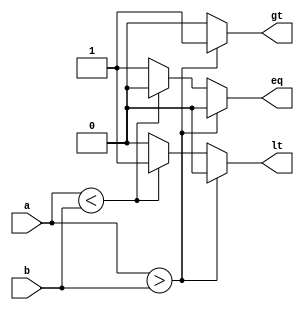
`timescale 1ns / 1ps
//////////////////////////////////////////////////////////////////////////////////
// Module Name: COMP
// Group: amarnathajay_ankurlimaye 
//////////////////////////////////////////////////////////////////////////////////


module COMP( a, b, gt, lt, eq );
    
    parameter DATAWIDTH = 2;
    input [DATAWIDTH-1:0] a, b;
    output reg gt, lt, eq;
        
    always @ ( a, b ) begin
    gt <= 0; lt <= 0; eq <=0;
        if ( a > b ) begin
            gt <= 1;
        end
        else if ( a < b ) begin
            lt <= 1;
        end
        else begin
            eq <= 1;
        end
            
    end
    
endmodule